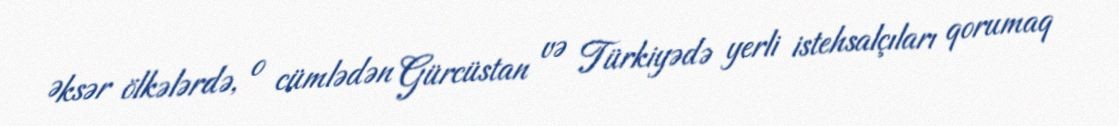
Əksər ölkələrdə, o cümlədən Gürcüstan və Türkiyədə yerli istehsalçıları qorumaq